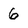
Character: 6